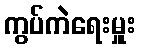
ကွပ်ကဲရေးမှူး